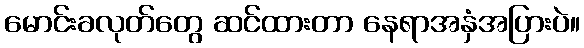
မောင်းခလုတ်တွေ ဆင်ထားတာ နေရာအနှံအပြားပဲ။